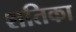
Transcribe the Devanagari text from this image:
शतिका